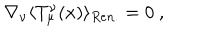
\nabla _ { \nu } \langle T _ { \mu } ^ { \nu } ( x ) \rangle _ { R e n . } = 0 \ ,